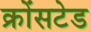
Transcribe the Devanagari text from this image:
क्रोंसटेड